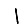
Digit: 1